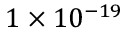
1 \times 1 0 ^ { - 1 9 }